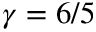
\gamma = 6 / 5